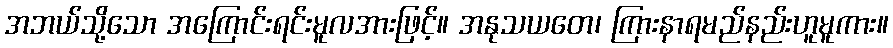
အဘယ်သို့သော အကြောင်းရင်းမူလအားဖြင့်။ အနုသယတေ၊ ကြားနာရမည်နည်းဟူမူကား။